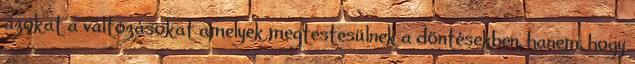
azokat a változásokat amelyek megtestesülnek a döntésekben, hanem, hogy